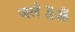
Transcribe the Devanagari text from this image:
जले॥ॐ